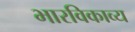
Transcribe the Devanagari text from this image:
भारविकाव्य